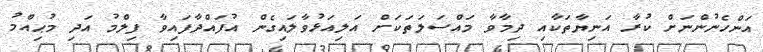
އަންހެނުންނަށް ކުރާ އަނިޔާތަކާއި ދިމާވާ މައްސަލަތަކަށް އަލިއަޅުވާލައިގެން އުފައްދާފައިވާ ފިލްމު އަދި މުޙިއްމު